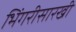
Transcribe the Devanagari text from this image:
भिंगरीसारखी